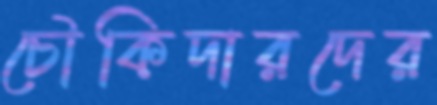
চৌকিদারদের